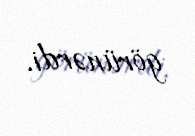
görünərdi.